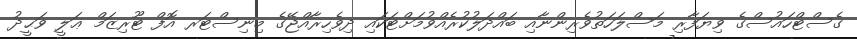
ގެސްޓްހައުސްގެ ވިޔަފާރި މަސްލަހަތުވެރިންނާއި ބައްދަލުކުރެއްވުމަށްޓަކައި ދިވެހިރާއްޖޭގެ މިނިސްޓަރ އޮފް ޓޫރިޒަމް ޢަލީ ވަޙީދު